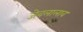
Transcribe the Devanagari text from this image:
जेवलालाव